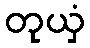
တုယှံ